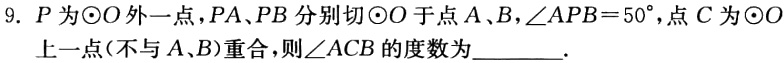
9. \(P\)为\(\odot O\)外一点，\(PA、PB\)分别切\(\odot O\)于点\(A、B\)，\(\angle APB = 50^{\circ}\)，点\(C\)为\(\odot O\)上一点（不与\(A、B\)）重合，则\(\angle ACB\)的度数为________.